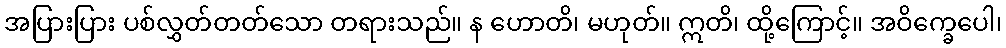
အပြားပြား ပစ်လွှတ်တတ်သော တရားသည်။ န ဟောတိ၊ မဟုတ်။ ဣတိ၊ ထို့ကြောင့်။ အဝိက္ခေပေါ၊